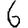
Digit: 6